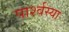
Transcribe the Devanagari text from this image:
पार्श्वस्या